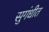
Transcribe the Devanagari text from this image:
सुगंधीत